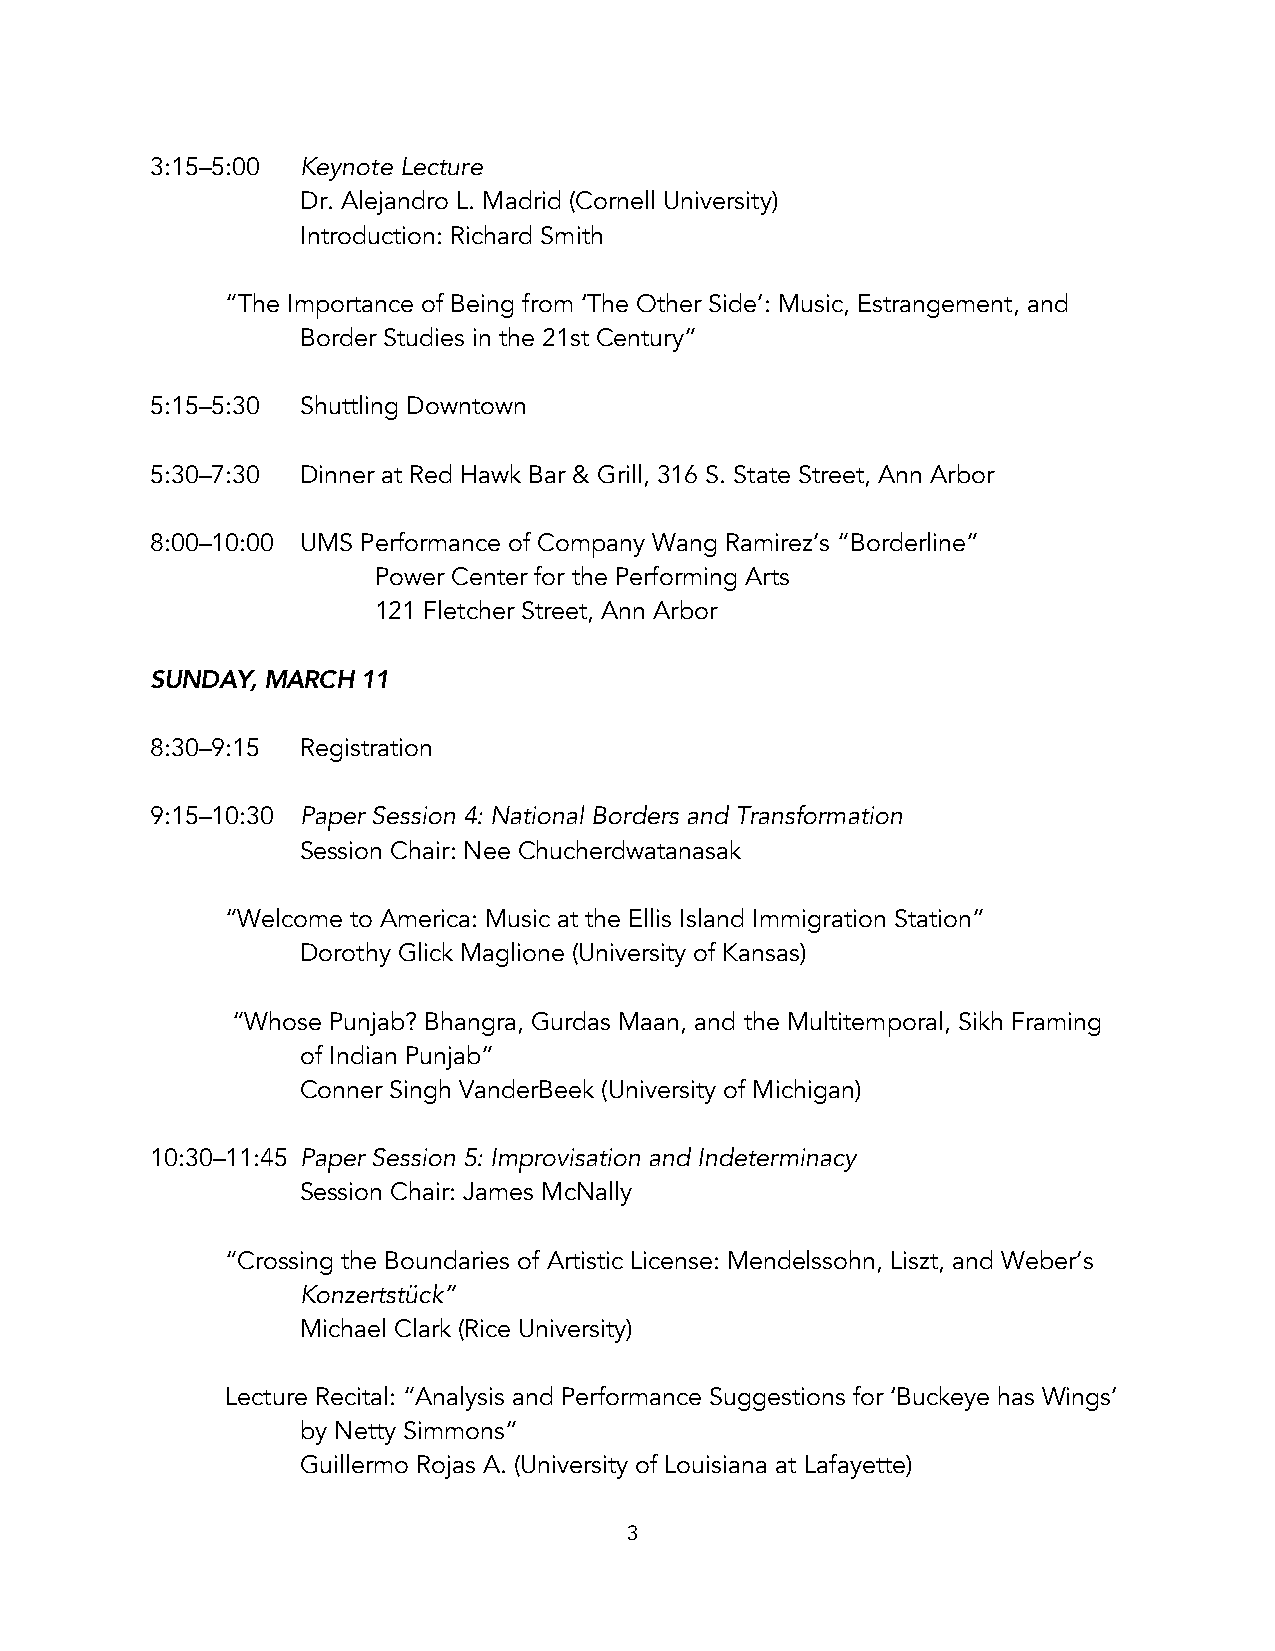
3:15–5:00 Keynote Lecture
 Dr. Alejandro L. Madrid (Cornell University)
 Introduction: Richard Smith
 “The Importance of Being from ‘The Other Side’: Music, Estrangement, and
 Border Studies in the 21st Century”
 5:15–5:30 Shuttling Downtown
 5:30–7:30 Dinner at Red Hawk Bar & Grill, 316 S. State Street, Ann Arbor
 8:00–10:00 UMS Performance of Company Wang Ramirez’s “Borderline”
 Power Center for the Performing Arts
 121 Fletcher Street, Ann Arbor
 SUNDAY, MARCH 11
 8:30–9:15 Registration
 9:15–10:30 Paper Session 4: National Borders and Transformation
 Session Chair: Nee Chucherdwatanasak
 “Welcome to America: Music at the Ellis Island Immigration Station”
 Dorothy Glick Maglione (University of Kansas)
 “Whose Punjab? Bhangra, Gurdas Maan, and the Multitemporal, Sikh Framing
 of Indian Punjab”
 Conner Singh VanderBeek (University of Michigan)
 10:30–11:45 Paper Session 5: Improvisation and Indeterminacy
 Session Chair: James McNally
 “Crossing the Boundaries of Artistic License: Mendelssohn, Liszt, and Weber’s
 Konzertstück”
 Michael Clark (Rice University)
 Lecture Recital: “Analysis and Performance Suggestions for ‘Buckeye has Wings’
 by Netty Simmons”
 Guillermo Rojas A. (University of Louisiana at Lafayette)
 3